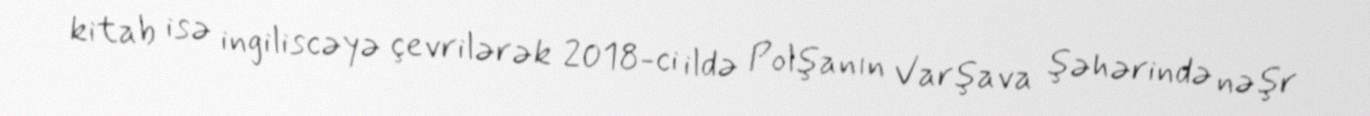
kitab isə ingiliscəyə çevrilərək 2018-ci ildə Polşanın Varşava şəhərində nəşr